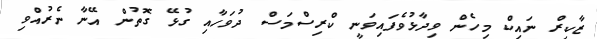
ޒާކިރް ނައިކް މިހެން ވިދާޅުވެފައިވަނީ ކްރިސްމަސް ދުވަހާއި ގުޅޭ ގޮތުން އޭނާ ނެރުއްވި